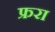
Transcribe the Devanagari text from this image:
फ्ररा